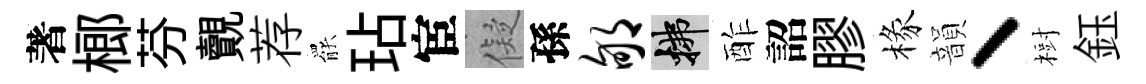
著榔芬覿荐罷玷宦儗孫郇拂酢詔膠椽韻丶𣗳鈺